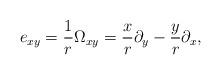
LaTeX: \begin{align*}e_{x y} = {1 \over r} \Omega_{x y} = {x \over r} \partial_y - {y \over r} \partial_x,\end{align*}